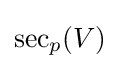
\operatorname {sec} _{p}(V)